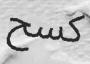
كسح